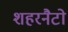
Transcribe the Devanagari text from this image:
शहरनैटो